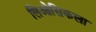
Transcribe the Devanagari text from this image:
लिओसिकला